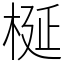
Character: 梴